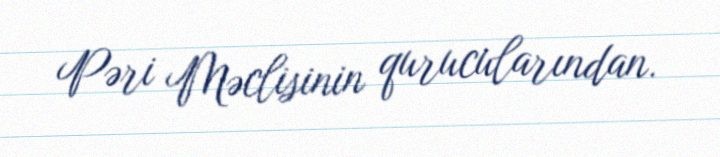
Pəri Məclisinin qurucularından.